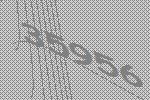
35956